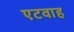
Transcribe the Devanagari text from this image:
एटवाह